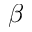
\beta